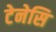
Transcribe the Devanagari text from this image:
टेनेसि